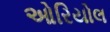
ઓરિયોલ